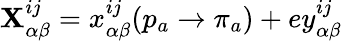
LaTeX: \mathbf{X}_{\alpha\beta}^{ij}=x_{\alpha\beta}^{ij}(p_{a}\rightarrow\pi_{a})+ey_{\alpha\beta}^{ij}